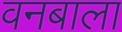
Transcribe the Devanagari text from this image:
वनबाला